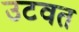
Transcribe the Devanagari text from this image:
उटवत